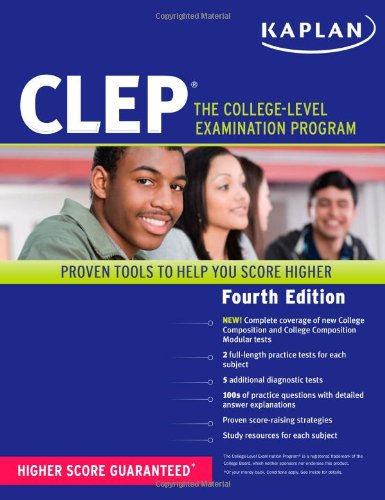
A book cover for Kaplan CLEP: The College Level Examination Program (Kaplan Test Prep); Kaplan; Test Preparation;